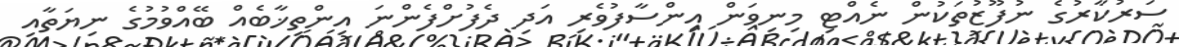
ސަރުކާރުގެ ނުފޫޒުތަކުން ނެއްޓި މިނިވަން އިންސާފުވެރި އަދި ދެފުށްފެންނަ އިންތިޚާބެއް ބޭއްވުމުގެ ނިޔަތާއި